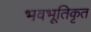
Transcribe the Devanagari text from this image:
भवभूतिकृत